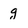
Character: g